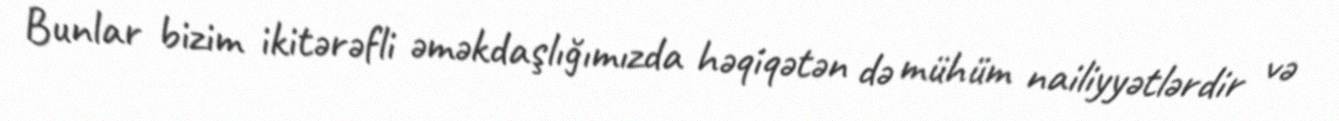
Bunlar bizim ikitərəfli əməkdaşlığımızda həqiqətən də mühüm nailiyyətlərdir və